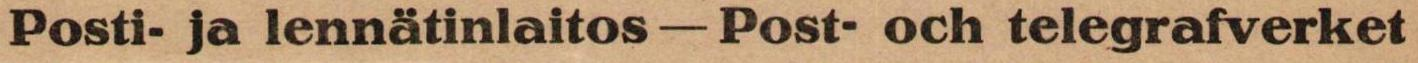
Posti- ja lennätinlaitos - Post- och telegrafverket